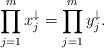
LaTeX: \begin{align*}\prod_{j=1}^{m} x_j^{\downarrow} = \prod_{j=1}^{m} y_j^{\downarrow}. \end{align*}